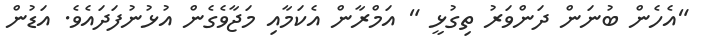
"އެހެން ބުނަން ދަންވަރު ތިގުޅީ " އަމްރާން އެކަމާއި މަޖާވެގެން އުޅުނުފަދައެވެ. އަޑުން